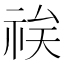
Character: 𱵌